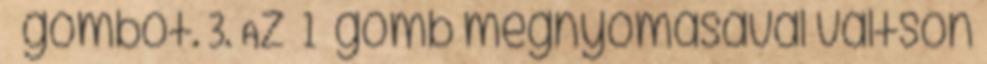
gombot. 3. Az 1 gomb megnyomásával váltson